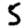
Digit: 5